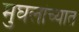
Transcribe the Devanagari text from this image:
मुघलांच्यात